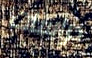
دراسات